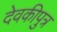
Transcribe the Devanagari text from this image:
देवकीपुत्र